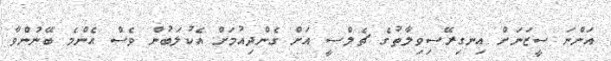
އަންނަ ސީޒަނަށް އިނގިރޭސިވިލާތުގެ ޗެލްސީ އަށް ގެންދިއުމަށް އެކުލަބުން ވެސް އެންމެ ބޭނުންވާ